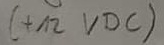
Text: +12 VDC